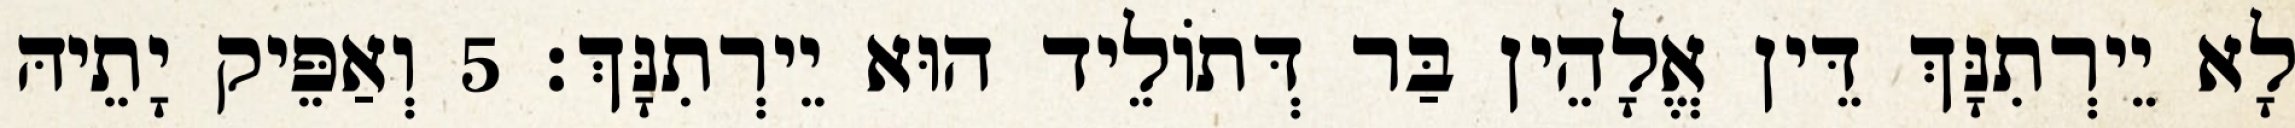
לָא יֵירְתִנָּךְ דֵּין אֱלָהֵין בַּר דְּתוֹלֵיד הוּא יֵירְתִנָּךְ׃ 5 וְאַפֵּיק יָתֵיהּ